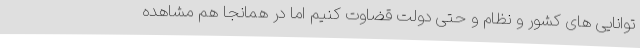
توانایی های کشور و نظام و حتی دولت قضاوت کنیم اما در همانجا هم مشاهده